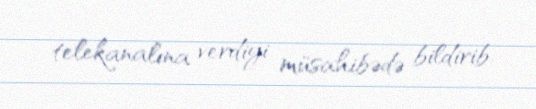
telekanalına verdiyi müsahibədə bildirib.